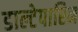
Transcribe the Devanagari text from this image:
डाल्टेपारिन